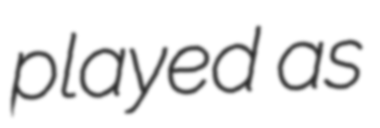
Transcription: played as